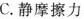
C.静摩擦力